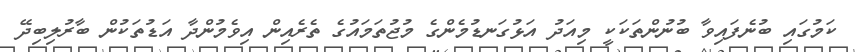
ކަމުގައި ބުނެފައިވާ ބުނުންތަކަކީ މިއަދު އަޅުގަނޑުމެންގެ މުޖުތަމައުގެ ތެރެއިން އިވެމުންދާ އަޑުތަކުން ބާރުލިބިދޭ